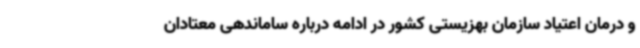
و درمان اعتیاد سازمان بهزیستی کشور در ادامه درباره ساماندهی معتادان